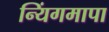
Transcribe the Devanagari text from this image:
न्यिंगमापा